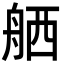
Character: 舾